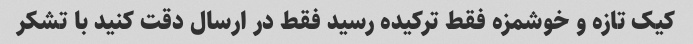
کیک تازه و خوشمزه فقط ترکیده رسید فقط در ارسال دقت کنید با تشکر